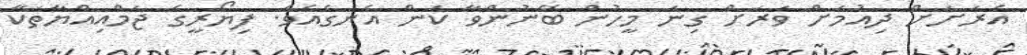
އެރަށަށް ދިއުމަށް ވަރަށް ގިނަ މީހުން ބޭނުންވާ ކަން އެނގެއެވެ. ފިޔޯރީގެ ޖަމްއިއްޔާތަކާ